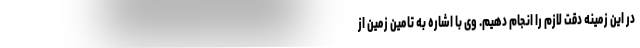
در این زمینه دقت لازم را انجام دهیم. وی با اشاره به تامین زمین از